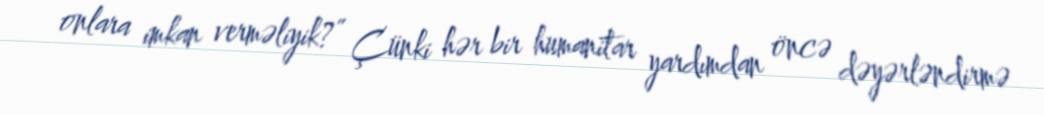
onlara imkan verməliyik?” Çünki hər bir humanitar yardımdan öncə dəyərləndirmə